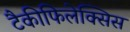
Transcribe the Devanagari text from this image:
टैकीफिलेक्सिस